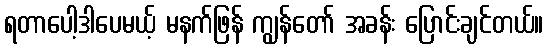
ရတာပေါ့ဒါပေမယ့် မနက်ဖြန် ကျွန်တော် အခန်း ပြောင်းချင်တယ်။